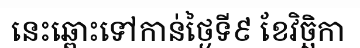
នេះឆ្ពោះទៅកាន់ថ្ងៃទី៩ ខែវិច្ឆិកា